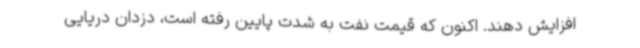
افزایش دهند. اکنون که قیمت نفت به شدت پایین رفته است، دزدان دریایی